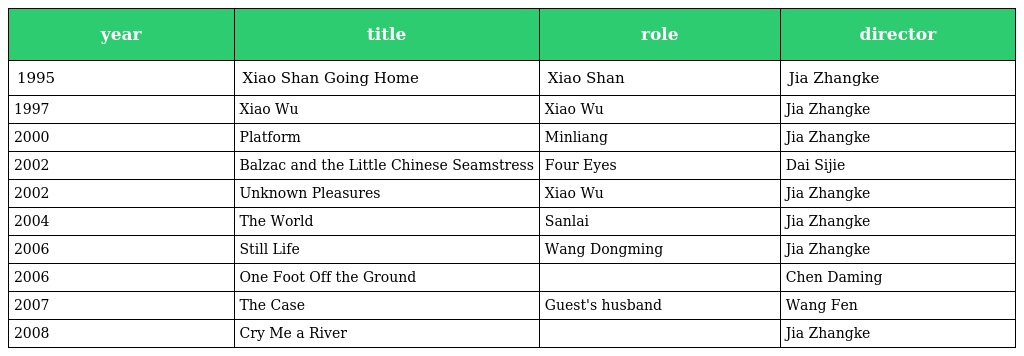
| year | title | role | director |
 | --- | --- | --- | --- |
 | 1995 | Xiao Shan Going Home | Xiao Shan | Jia Zhangke |
 | 1997 | Xiao Wu | Xiao Wu | Jia Zhangke |
 | 2000 | Platform | Minliang | Jia Zhangke |
 | 2002 | Balzac and the Little Chinese Seamstress | Four Eyes | Dai Sijie |
 | 2002 | Unknown Pleasures | Xiao Wu | Jia Zhangke |
 | 2004 | The World | Sanlai | Jia Zhangke |
 | 2006 | Still Life | Wang Dongming | Jia Zhangke |
 | 2006 | One Foot Off the Ground |  | Chen Daming |
 | 2007 | The Case | Guest's husband | Wang Fen |
 | 2008 | Cry Me a River |  | Jia Zhangke |